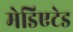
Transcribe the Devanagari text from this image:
मेडिएटेड